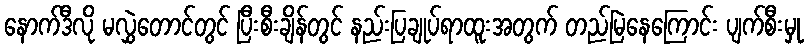
နောက်ဒီလို မလွှဲတောင်တွင် ပြီးစီးချိန်တွင် နည်းပြချုပ်ရာထူးအတွက် တည်မြဲနေကြောင်း ပျက်စီးမှု